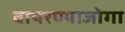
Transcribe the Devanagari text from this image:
वापरण्याजोगा